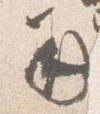
并